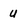
Character: U